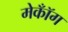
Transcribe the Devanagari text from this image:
मेकॉँग